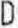
D